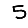
Digit: 5